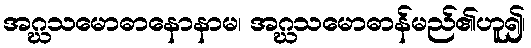
အဂ္ဃသမောဓာနောနာမ၊ အဂ္ဃသမောဓာန်မည်၏ဟူ၍၊